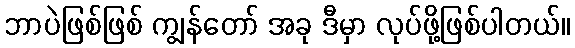
ဘာပဲဖြစ်ဖြစ် ကျွန်တော် အခု ဒီမှာ လုပ်ဖို့ဖြစ်ပါတယ်။